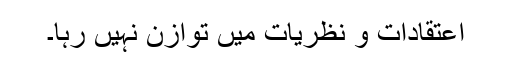
اعتقادات و نظریات میں توازن نہیں رہا۔